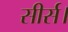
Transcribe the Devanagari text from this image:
सीर्स।